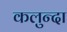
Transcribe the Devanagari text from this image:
कलुन्दा